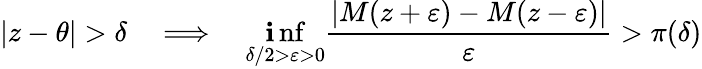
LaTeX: |z-\theta|>\delta\quad\Longrightarrow\quad\operatorname*{\mathbf{i}nf}_{\delta/2>\varepsilon>0}{\frac{{|M(z+\varepsilon)-M(z-\varepsilon)|}}{{\varepsilon}}}>\pi(\delta)